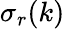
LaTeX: \sigma_{r}(k)